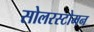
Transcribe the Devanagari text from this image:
सोलरस्टोमन